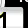
Digit: 1